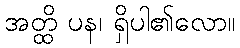
အတ္ထိ ပန၊ ရှိပါ၏လော။